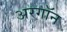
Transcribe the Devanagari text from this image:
अरगॉन